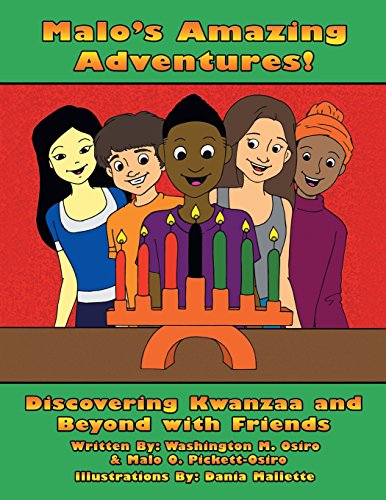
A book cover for Malo's Amazing Adventures!  Discovering Kwanzaa and Beyond with Friends; Washington M. Osiro; Children's Books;